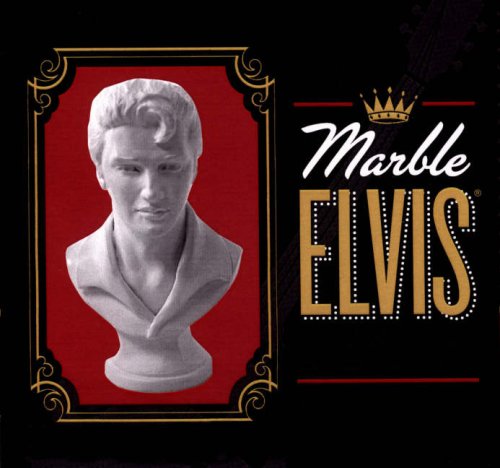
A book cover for Marble Elvis: The King Lives!; Ingrid Emerick; Crafts, Hobbies & Home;